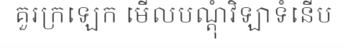
គួរក្រឡេក មើលបណ្តុំវិឡាទំនើប